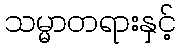
သမ္မာတရားနှင့်